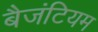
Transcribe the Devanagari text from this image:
बैजंटियम